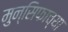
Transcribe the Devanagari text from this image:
मुन्सिफाच्या